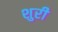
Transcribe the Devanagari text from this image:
शुरी